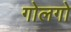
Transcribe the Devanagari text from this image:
गोलगो